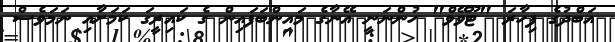
އަބްދުގެ ފިހާރަ "ޓޫވޭވް" ހުންނަނީ އޭނާގެ މައިންބަފައިން ގެ ކައިރީގަ ކަމަށާއި ނަމަވެސް